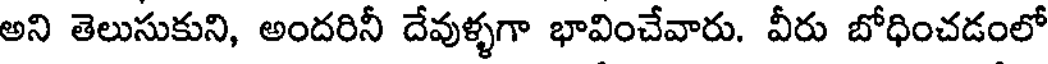
అని తెలుసుకుని, అందరినీ దేవుళ్ళగా భావించేవారు. వీరు బోధించడంలో